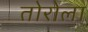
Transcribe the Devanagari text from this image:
तोरोला